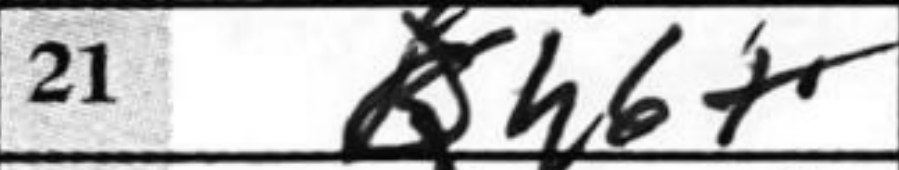
Transcription: Rh6+